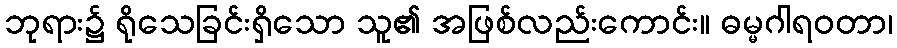
ဘုရား၌ ရိုသေခြင်းရှိသော သူ၏ အဖြစ်လည်းကောင်း။ ဓမ္မဂါရဝတာ၊